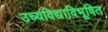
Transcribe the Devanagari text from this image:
उच्यविद्याविभूषित